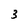
Character: 3